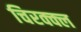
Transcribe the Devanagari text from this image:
चिरक्क्ल